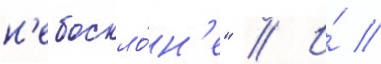
н'ебоскло́н'е" // И́ //